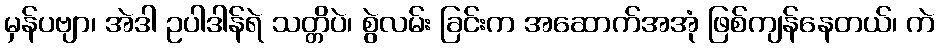
မှန်ပဗျာ၊ အဲဒါ ဥပါဒါန်ရဲ သတ္တိပဲ၊ စွဲလမ်း ခြင်းက အဆောက်အအုံ ဖြစ်ကျန်နေတယ်၊ ကဲ